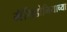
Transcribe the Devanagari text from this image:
मॅसिडोनियाच्या